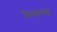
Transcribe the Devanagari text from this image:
बिब्यांच्या